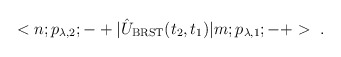
\begin{align*}<n;p_{\lambda,2};-+|\hat{U}_{\rm BRST}(t_2,t_1)|m;p_{\lambda,1};-+>\ .\end{align*}